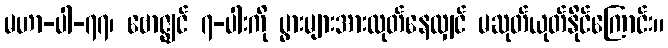
မဟာ-ပါ-၇၇၊ ဗောဇ္ဈင် ၇-ပါးကို ပွားများအားထုတ်နေလျှင် မဆုတ်ယုတ်နိုင်ကြောင်း။